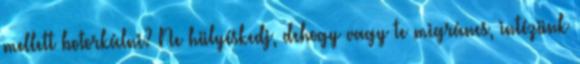
mellett botorkálni? Ne hülyéskedj, dehogy vagy te migráncs, intézünk